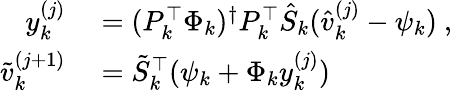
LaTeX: \begin{array}{rl}{y_{k}^{(j)}}&{{}=(P_{k}^{\top}\Phi_{k})^{\dagger}P_{k}^{\top}\hat{S}_{k}(\hat{v}_{k}^{(j)}-\psi_{k})\mathrm{~,~}}\\ {\tilde{v}_{k}^{(j+1)}}&{{}=\tilde{S}_{k}^{\top}(\psi_{k}+\Phi_{k}y_{k}^{(j)})}\end{array}